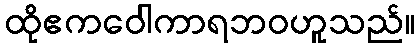
ထိုဧကဝေါကာရဘဝဟူသည်။